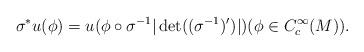
LaTeX: \begin{align*}\sigma^*u(\phi)=u(\phi\circ\sigma^{-1}|\det((\sigma^{-1})')|) (\phi\in C_c^\infty(M)).\end{align*}